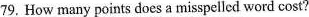
79, How many points does a misspelled word cost?